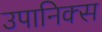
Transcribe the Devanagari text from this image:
उपानिक्स